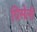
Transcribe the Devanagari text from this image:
ग्रिसेली